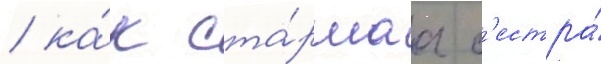
/ ка́к ста́ршаа с'естра́